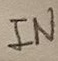
Text: IN